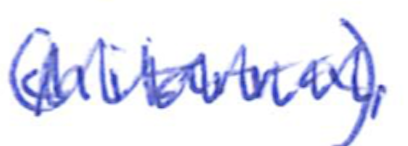
Text: (chitarra).
Cross-out: zig-zag
Writing tool: ballpoint